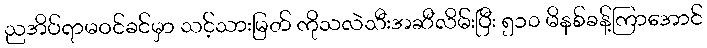
ညအိပ်ရာမဝင်ခင်မှာ သင့်သားမြတ် ကိုသလဲသီးအဆီလိမ်းပြီး ၅၁၀ မိနစ်ခန့်ကြာအောင်